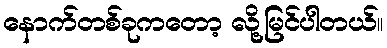
နောက်တစ်ခုကတော့ လို့မြင်ပါတယ်။